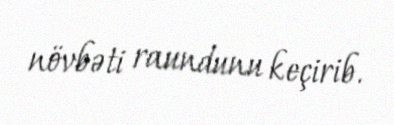
növbəti raundunu keçirib.